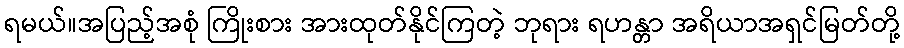
ရမယ်။အပြည့်အစုံ ကြိုးစား အားထုတ်နိုင်ကြတဲ့ ဘုရား ရဟန္တာ အရိယာအရှင်မြတ်တို့